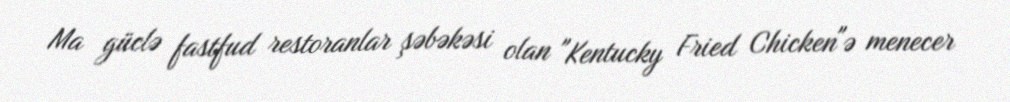
Ma güclə fastfud restoranlar şəbəkəsi olan "Kentucky Fried Chicken"ə menecer